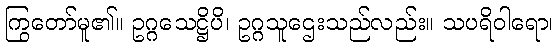
ကြွတော်မူ၏။ ဥဂ္ဂသေဋ္ဌိပိ၊ ဥဂ္ဂသူဌေးသည်လည်း။ သပရိဝါရော၊